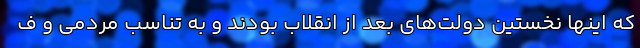
که اینها نخستین دولت‌های بعد از انقلاب بودند و به تناسب مردمی و ف